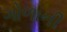
ગોળાની